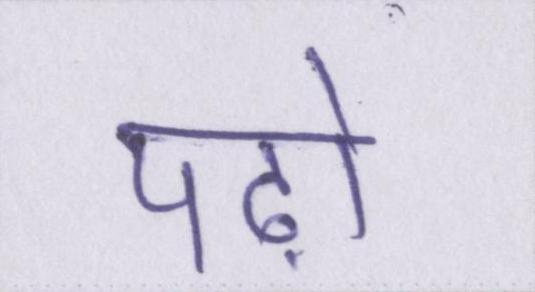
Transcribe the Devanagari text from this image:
पढ़ो